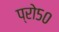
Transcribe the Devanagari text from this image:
प्रो५०